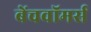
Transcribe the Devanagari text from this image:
बेंचवॉमर्स